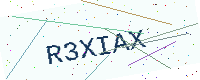
Text: R3XIAX